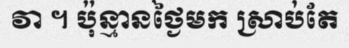
វា ។ ប៉ុន្មានថ្ងៃមក ស្រាប់តែ